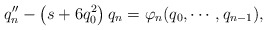
\begin{align*}q_n^{\prime\prime}-\left(s+6q_0^2\right) q_n= \varphi_n(q_0,\cdots,q_{n-1}),\end{align*}